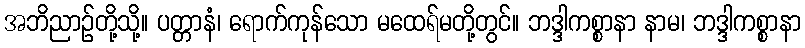
အဘိညာဉ်တို့သို့။ ပတ္တာနံ၊ ရောက်ကုန်သော မထေရ်မတို့တွင်။ ဘဒ္ဒါကစ္စာနာ နာမ၊ ဘဒ္ဒါကစ္စာနာ